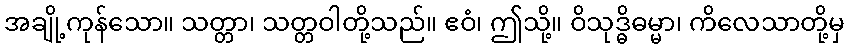
အချို့ကုန်သော။ သတ္တာ၊ သတ္တဝါတို့သည်။ ဧဝံ၊ ဤသို့။ ဝိသုဒ္ဓိဓမ္မာ၊ ကိလေသာတို့မှ